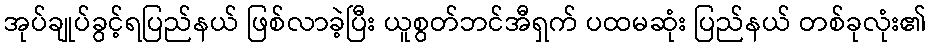
အုပ်ချုပ်ခွင့်ရပြည်နယ် ဖြစ်လာခဲ့ပြီး ယူစွတ်ဘင်အီရှက် ပထမဆုံး ပြည်နယ် တစ်ခုလုံး၏